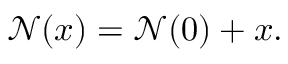
{ \mathcal { N } } ( x ) = { \mathcal { N } } ( 0 ) + x .